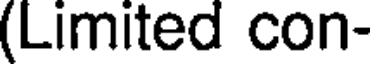
(Limited con-